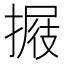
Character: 𢲈